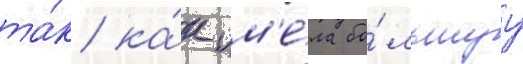
та́к ка́к им'е́ла бо́льшуу